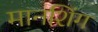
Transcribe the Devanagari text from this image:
मानशिंग